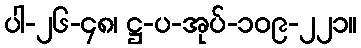
ပါ-၂၆-၄၈၊ ဋ္ဌ-ပ-အုပ်-၁၀၉-၂၂၁။